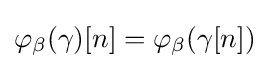
\varphi _{\beta }(\gamma )[n]=\varphi _{\beta }(\gamma [n])